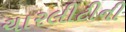
ચારલીટીની